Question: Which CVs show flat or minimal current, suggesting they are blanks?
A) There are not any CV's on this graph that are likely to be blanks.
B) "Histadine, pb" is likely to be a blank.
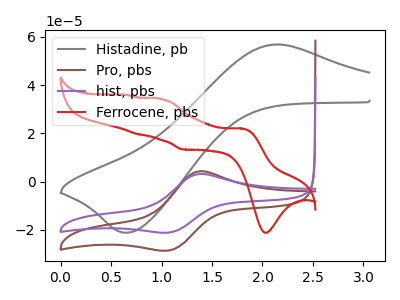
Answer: <think>The gray curve "Histadine, pb" has an anodic peak at (2.15V, 56.90uA) and a cathodic peak at (0.65V, -21.15uA). The brown curve "Pro, pbs" has an anodic peak at (1.35V, 4.30uA) and a cathodic peak at (1.10V, -28.40uA). The purple curve "hist, pbs" has an anodic peak at (1.35V, 3.20uA) and a cathodic peak at (1.10V, -21.00uA). The red curve "Ferrocene, pbs" has anodic peaks at (1.80V, 22.05uA) (1.00V, 34.30uA) (0.75V, 19.75uA) (0.65V, 36.00uA) and cathodic peaks at (2.05V, -21.15uA) (1.20V, 13.35uA).</think>
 <answer>A) There are not any CV's on this graph that are likely to be blanks.</answer>
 <eval>A</eval>